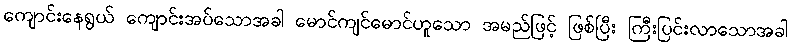
ကျောင်းနေရွယ် ကျောင်းအပ်သောအခါ မောင်ကျင်မောင်ဟူသော အမည်ဖြင့် ဖြစ်ပြီး ကြီးပြင်းလာသောအခါ